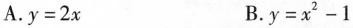
A.$$y=2x$$ B. $$y=x^{2}-1$$